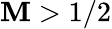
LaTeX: \mathbf{M}>1/2